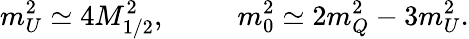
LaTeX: m_{U}^{2}\simeq 4M_{1/2}^{2},\; \; \; \; \; \; \; \; \; m_{0}^{2}\simeq 2m_{Q}^{2}-3m_{U}^{2}.